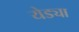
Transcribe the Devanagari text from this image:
येड्या